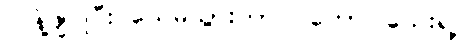
လန့်ဖျပ်ပြီး သေမသွားတာပဲ တော်ပါသေးရဲ့